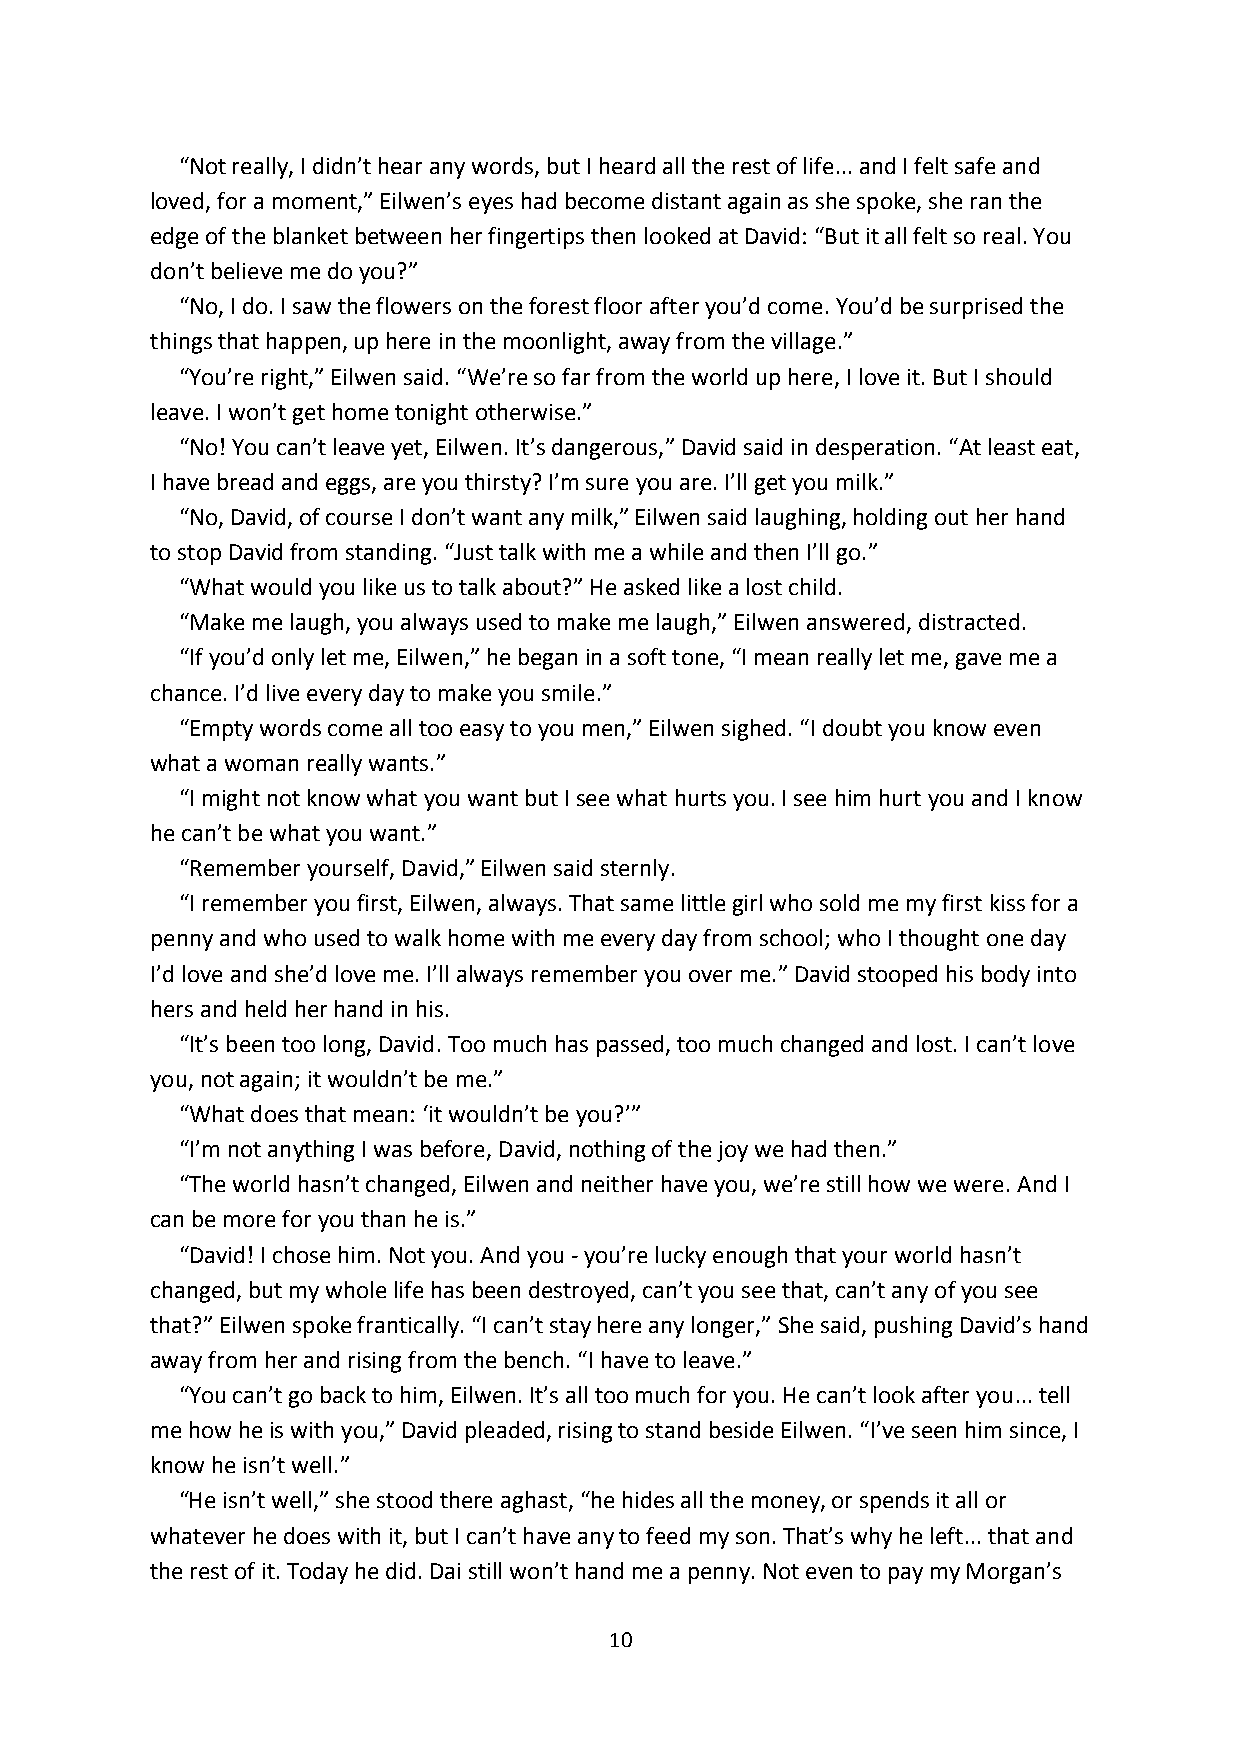
“Not really, I didn’t hear any words, but I heard all the rest of life... and I felt safe and
 loved, for a moment,” Eilwen’s eyes had become distant again as she spoke, she ran the
 edge of the blanket between her fingertips then looked at David: “But it all felt so real. You
 don’t believe me do you?”
 “No, I do. I saw the flowers on the forest floor after you’d come. You’d be surprised the
 things that happen, up here in the moonlight, away from the village.”
 “You’re right,” Eilwen said. “We’re so far from the world up here, I love it. But I should
 leave. I won’t get home tonight otherwise.”
 “No! You can’t leave yet, Eilwen. It’s dangerous,” David said in desperation. “At least eat,
 I have bread and eggs, are you thirsty? I’m sure you are. I’ll get you milk.”
 “No, David, of course I don’t want any milk,” Eilwen said laughing, holding out her hand
 to stop David from standing. “Just talk with me a while and then I’ll go.”
 “What would you like us to talk about?” He asked like a lost child.
 “Make me laugh, you always used to make me laugh,” Eilwen answered, distracted.
 “If you’d only let me, Eilwen,” he began in a soft tone, “I mean really let me, gave me a
 chance. I’d live every day to make you smile.”
 “Empty words come all too easy to you men,” Eilwen sighed. “I doubt you know even
 what a woman really wants.”
 “I might not know what you want but I see what hurts you. I see him hurt you and I know
 he can’t be what you want.”
 “Remember yourself, David,” Eilwen said sternly.
 “I remember you first, Eilwen, always. That same little girl who sold me my first kiss for a
 penny and who used to walk home with me every day from school; who I thought one day
 I’d love and she’d love me. I’ll always remember you over me.” David stooped his body into
 hers and held her hand in his.
 “It’s been too long, David. Too much has passed, too much changed and lost. I can’t love
 you, not again; it wouldn’t be me.”
 “What does that mean: ‘it wouldn’t be you?’”
 “I’m not anything I was before, David, nothing of the joy we had then.”
 “The world hasn’t changed, Eilwen and neither have you, we’re still how we were. And I
 can be more for you than he is.”
 “David! I chose him. Not you. And you - you’re lucky enough that your world hasn’t
 changed, but my whole life has been destroyed, can’t you see that, can’t any of you see
 that?” Eilwen spoke frantically. “I can’t stay here any longer,” She said, pushing David’s hand
 away from her and rising from the bench. “I have to leave.”
 “You can’t go back to him, Eilwen. It’s all too much for you. He can’t look after you... tell
 me how he is with you,” David pleaded, rising to stand beside Eilwen. “I’ve seen him since, I
 know he isn’t well.”
 “He isn’t well,” she stood there aghast, “he hides all the money, or spends it all or
 whatever he does with it, but I can’t have any to feed my son. That’s why he left... that and
 the rest of it. Today he did. Dai still won’t hand me a penny. Not even to pay my Morgan’s
 10